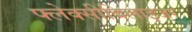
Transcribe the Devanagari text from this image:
फ्लेक्सीबिलाइजर